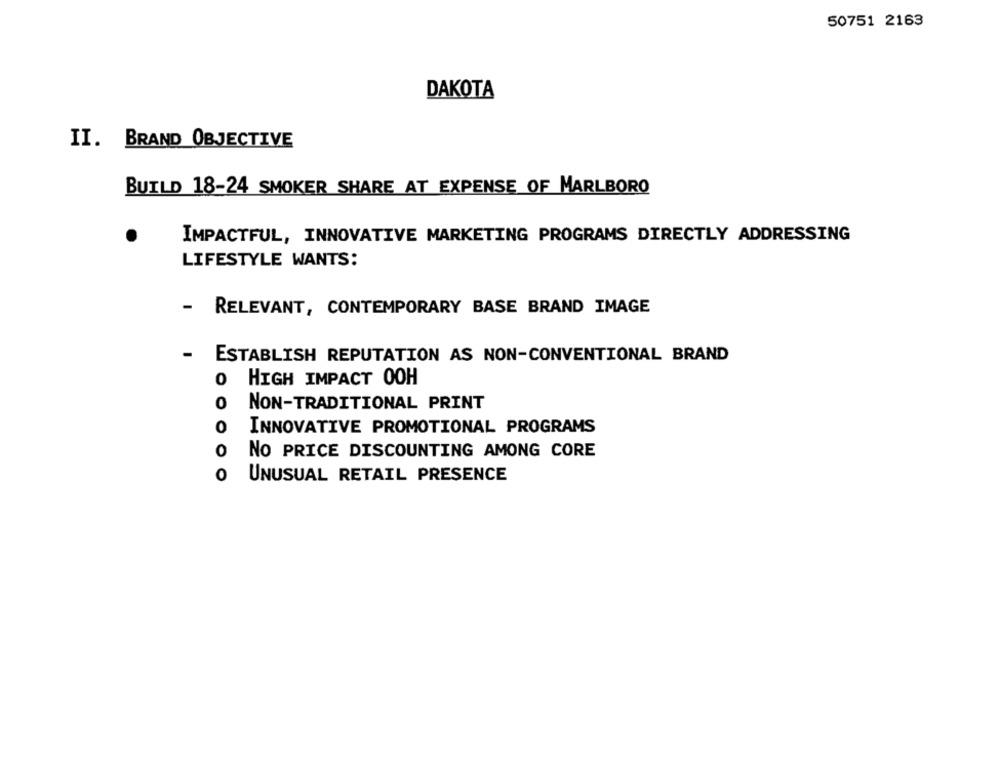
50751 2163
DAKOTA
II. BRAND OBJECTIVE
BUILD 18-24 SMOKER SHARE AT EXPENSE OF MARLBORO
IMPACTFUL, INNOVATIVE MARKETING PROGRAMS DIRECTLY ADDRESSING
LIFESTYLE WANTS:
- RELEVANT, CONTEMPORARY BASE BRAND IMAGE
- ESTABLISH REPUTATION AS NON-CONVENTIONAL BRAND
0
HIGH IMPACT OOH
0
NON-TRADITIONAL PRINT
0
INNOVATIVE PROMOTIONAL PROGRAMS
0
NO PRICE DISCOUNTING AMONG CORE
0
UNUSUAL RETAIL PRESENCE